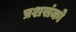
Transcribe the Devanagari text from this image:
प्रशसंको